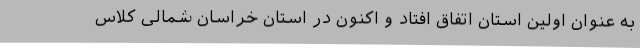
به عنوان اولین استان اتفاق افتاد و اکنون در استان خراسان شمالی کلاس